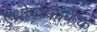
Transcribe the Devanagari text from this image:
एंथ्रोपोमोर्फिक